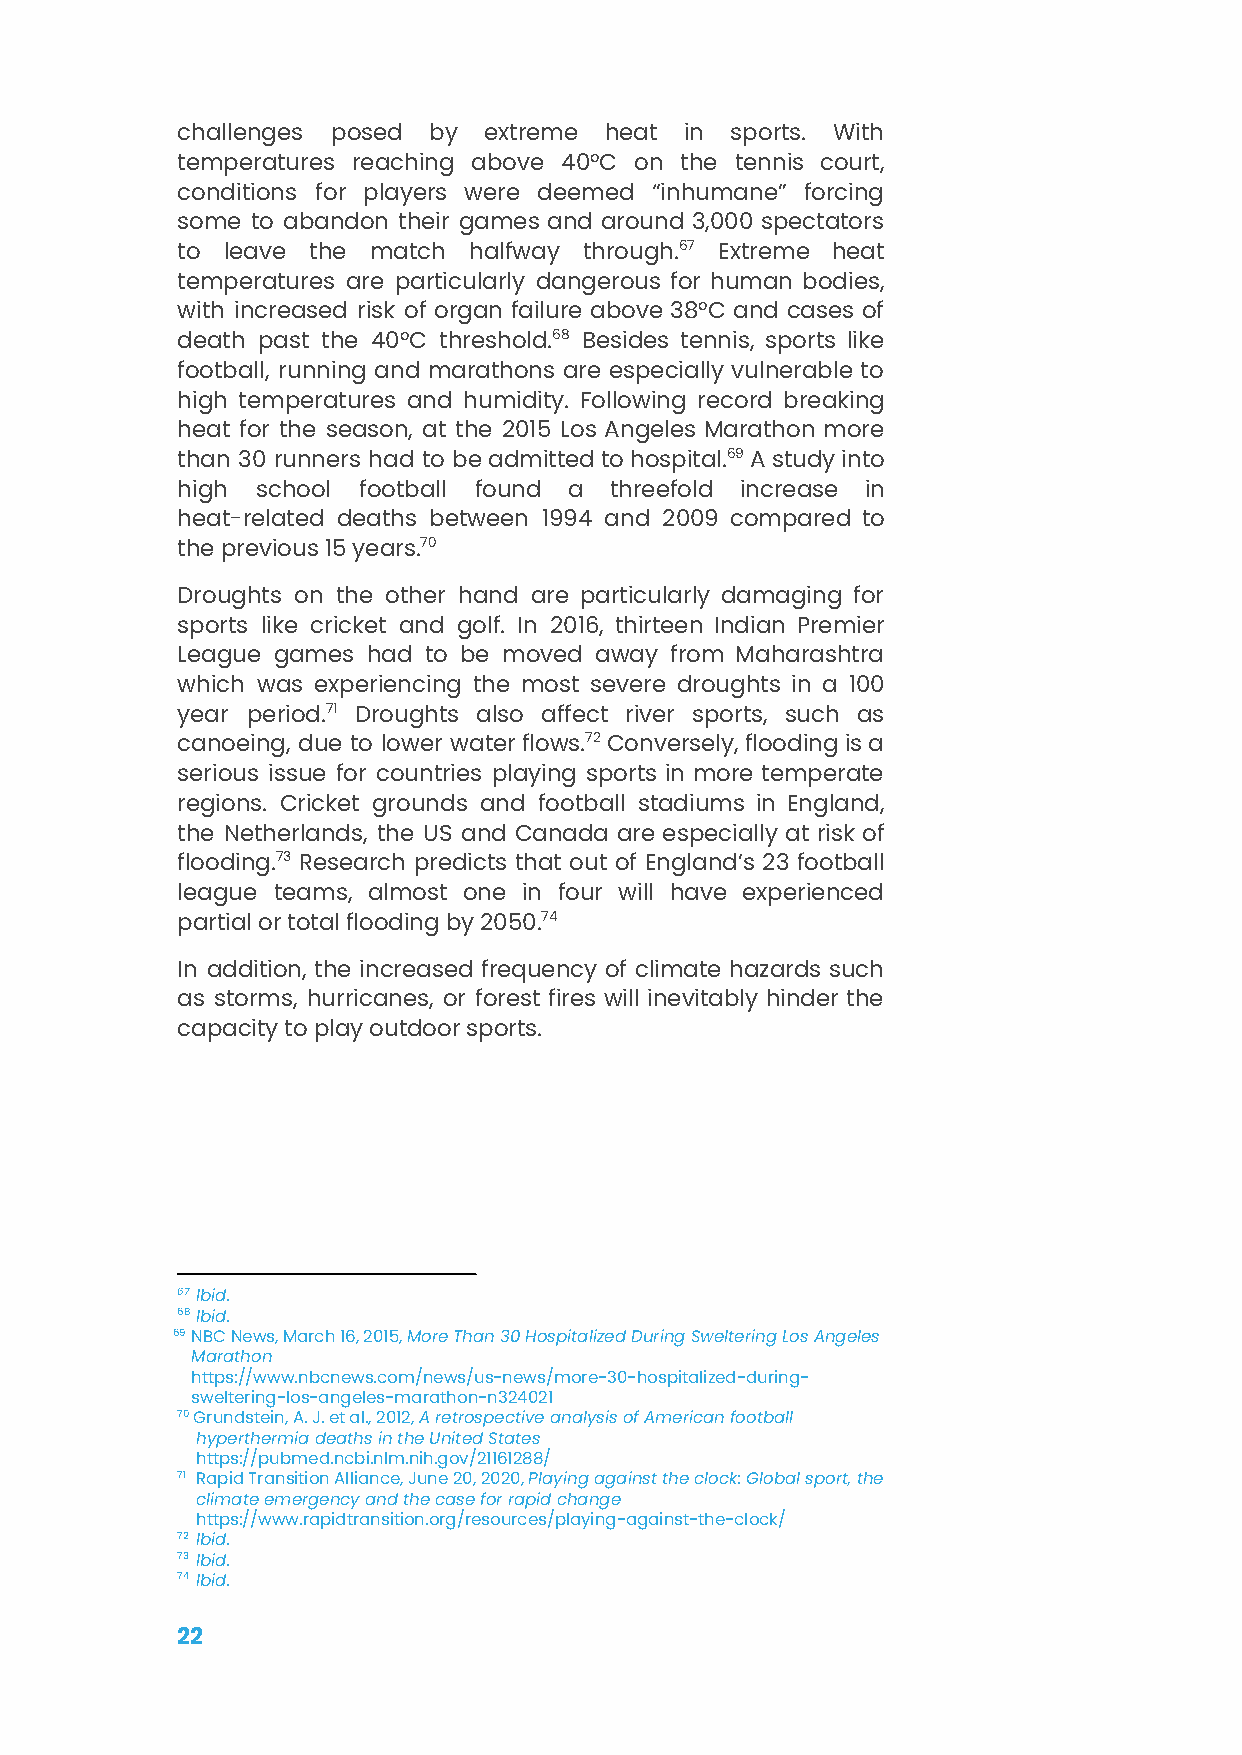
challenges posed by extreme heat in sports. With
 temperatures reaching above 40°C on the tennis court,
 conditions for players were deemed “inhumane” forcing
 some to abandon their games and around 3,000 spectators
 to leave the match halfway through.67 Extreme heat
 temperatures are particularly dangerous for human bodies,
 with increased risk of organ failure above 38°C and cases of
 death past the 40°C threshold.68 Besides tennis, sports like
 football, running and marathons are especially vulnerable to
 high temperatures and humidity. Following record breaking
 heat for the season, at the 2015 Los Angeles Marathon more
 than 30 runners had to beadmittedtohospital.69Astudyinto
 high school football found a threefold increase in
 heat-related deaths between 1994 and 2009 compared to
 the previous 15 years.70
 Droughts on the other hand are particularly damaging for
 sports like cricket and golf. In 2016, thirteen Indian Premier
 League games had to be moved away from Maharashtra
 which was experiencing the most severe droughts in a 100
 year period.71 Droughts also affect river sports, such as
 canoeing, due to lower waterflows.72Conversely,floodingisa
 serious issue for countries playing sports in more temperate
 regions. Cricket grounds and football stadiums in England,
 the Netherlands, the US and Canada are especially at risk of
 flooding.73 Research predicts that out of England’s 23 football
 league teams, almost one in four will have experienced
 partial or total flooding by 2050.74
 In addition, the increased frequency of climate hazards such
 as storms, hurricanes, or forest fires will inevitably hinder the
 capacity to play outdoor sports.
 67 Ibid.
 68Ibid.
 69NBC News, March 16, 2015,More Than 30 HospitalizedDuring Sweltering Los Angeles
 Marathon
 https://www.nbcnews.com/news/us-news/more-30-hospitalized-during-
 sweltering-los-angeles-marathon-n324021
 70Grundstein, A. J. et al., 2012,A retrospective analysisof American football
 hyperthermia deaths in the United States
 https://pubmed.ncbi.nlm.nih.gov/21161288/
 71 Rapid Transition Alliance, June 20, 2020,Playingagainst the clock: Global sport, the
 climate emergency and the case for rapid change
 https://www.rapidtransition.org/resources/playing-against-the-clock/
 72 Ibid.
 73 Ibid.
 74 Ibid.
 22